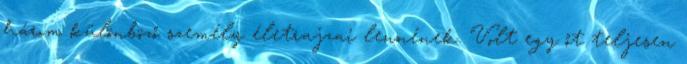
három különböző sze­mély életrajzai lennének. Volt egy őt teljesen